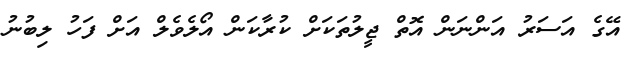
އޭގެ އަސަރު އަންނަން އޮތް ޖީލުތަކަށް ކުރާކަން އޯލެވެލް އަށް ފަހު ލިބުނު